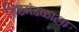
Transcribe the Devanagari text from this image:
शिष्टमंडळाला